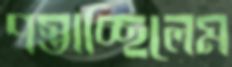
পস্তাচ্ছিলেম